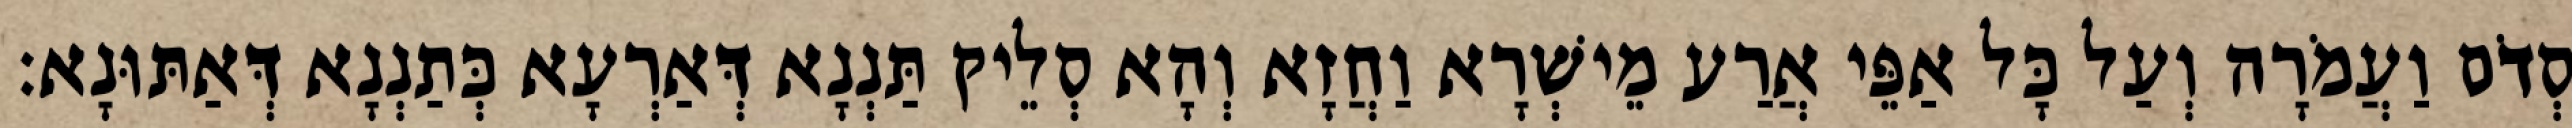
סְדֹם וַעֲמֹרָה וְעַל כָּל אַפֵּי אֲרַע מֵישְׁרָא וַחֲזָא וְהָא סְלֵיק תַּנְנָא דְּאַרְעָא כְּתַנְנָא דְּאַתּוּנָא׃